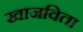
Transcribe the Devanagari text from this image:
खाजविता